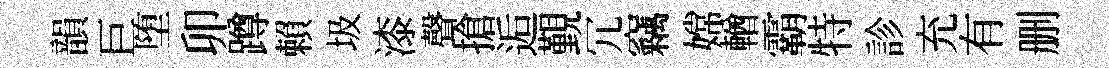
韻巨堕卯蹲賴圾漆聲搶逅覲冗竊嫦輶霸特診充有删